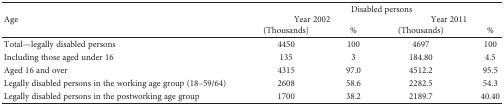
<table><thead><tr><td rowspan="3"><b>Age</b></td><td colspan="4"><b>Disabled persons</b></td></tr><tr><td colspan="2"><b>Year 2002</b></td><td colspan="2"><b>Year 2011</b></td></tr><tr><td><b>(Thousands)</b></td><td><b>%</b></td><td><b>(Thousands)</b></td><td><b>%</b></td></tr></thead><tbody><tr><td>Total—legally disabled persons</td><td>4450</td><td>100</td><td>4697</td><td>100</td></tr><tr><td>Including those aged under 16</td><td>135</td><td>3</td><td>184.80</td><td>4.5</td></tr><tr><td>Aged 16 and over</td><td>4315</td><td>97.0</td><td>4512.2</td><td>95.5</td></tr><tr><td>Legally disabled persons in the working age group (18–59/64)</td><td>2608</td><td>58.6</td><td>2282.5</td><td>54.3</td></tr><tr><td>Legally disabled persons in the postworking age group</td><td>1700</td><td>38.2</td><td>2189.7</td><td>40.40</td></tr></tbody></table>